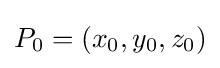
P_{0}=(x_{0},y_{0},z_{0})